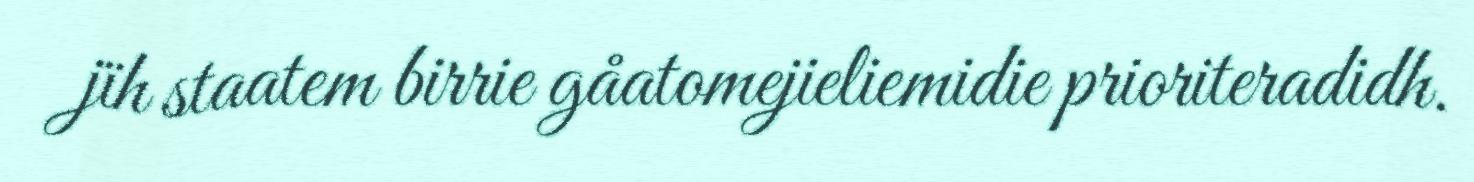
jïh staatem birrie gåatomejieliemidie prioriteradidh.